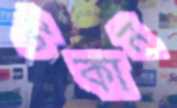
টকান